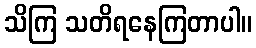
သိကြ သတိရနေကြတာပါ။